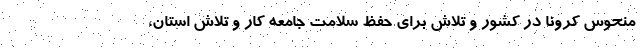
منحوس کرونا در کشور و تلاش برای حفظ سلامت جامعه کار و تلاش استان،